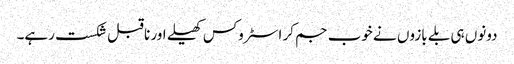
دونوں ہی بلے بازوں نے خوب جم کر اسٹروکس کھیلے اور ناقبل شکست رہے۔